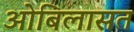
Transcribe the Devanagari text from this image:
ओबिलासत